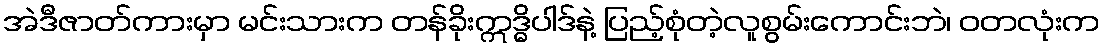
အဲဒီဇာတ်ကားမှာ မင်းသားက တန်ခိုးဣဒ္ဓိပါဒ်နဲ့ ပြည့်စုံတဲ့လူစွမ်းကောင်းဘဲ၊ ဝတလုံးက